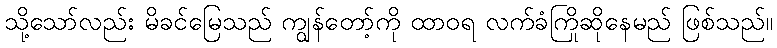
သို့သော်လည်း မိခင်မြေသည် ကျွန်တော့်ကို ထာဝရ လက်ခံကြိုဆိုနေမည် ဖြစ်သည်။